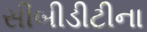
સીબીડીટીના